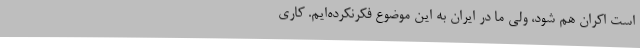
است اکران هم شود، ولی ما در ایران به این موضوع فکرنکرده‌ایم. کاری